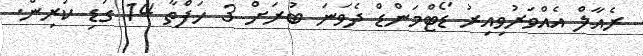
ރެއާލް އެއްވަރުވިއިރު ޑޯޓްމަންޑް ދެވަނަ ބުރަށް 3 ހަފްތާ 14 ގަޑި ކުރިން.